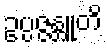
ဥပ္ပဇ္ဇန္တူတိ